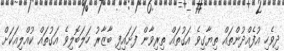
ދިވެހި އުފެއްދުންތައް ތިޔާގިވެ އަގުތައް ތިރިވާން ފަށައިފި ބާޒާރު ހަލަބޮލިވެ އަގުތައް ކުއްލިއަކަށް